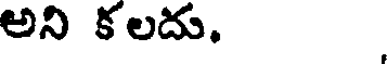
అని కలదు.